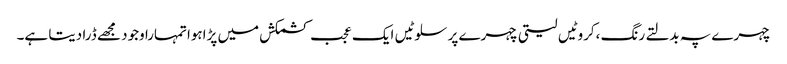
چہرے پہ بدلتے رنگ ،کروٹیں لیتی چہرے پر سلوٹیں ایک عجب کشمکش میں پڑاہواتمہارا وجود مجھے ڈرا دیتا ہے۔